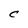
Character: C